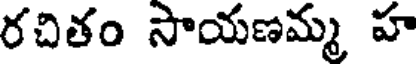
రచితం సాయణమ్మ హ